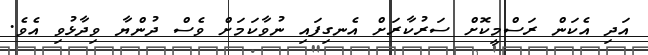
އަދި އެކަން ރަސްމީކޮށް ސަރުކާރަށް އެނގިފައި ނުވާކަމަށް ވެސް ދުންޔާ ވިދާޅުވި އެވެ.